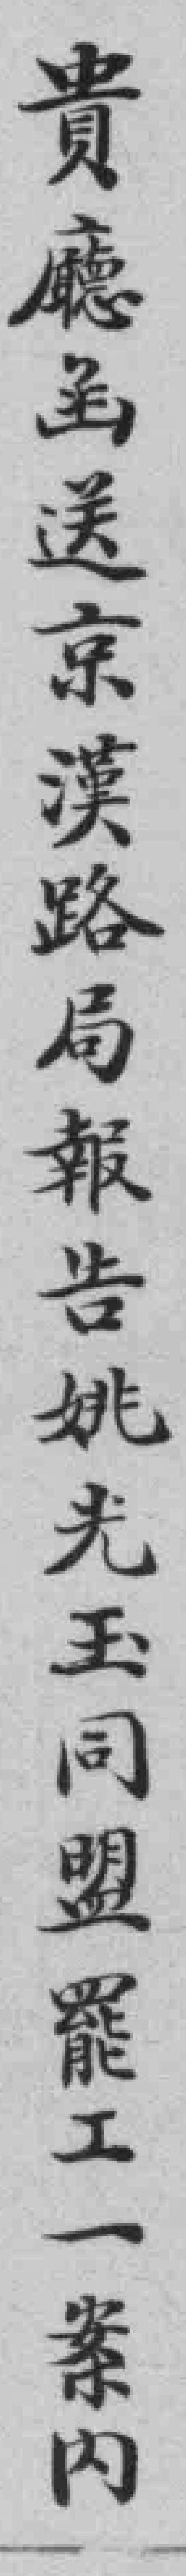
貴廳函送京漢铁路局報告姚光玉同盟罷工一案內